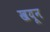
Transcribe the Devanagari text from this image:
खयून